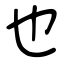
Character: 也